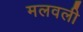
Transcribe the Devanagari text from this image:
मलवली